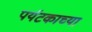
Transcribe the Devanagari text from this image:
पर्यटकाच्या